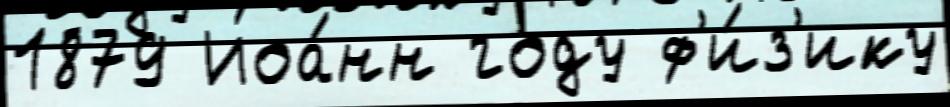
1879 Иоа́нн году ф'и́з'ику